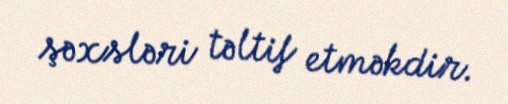
şəxsləri təltif etməkdir.